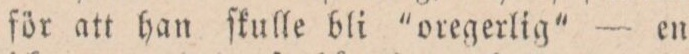
för att han ſkulle bli ”oregerlig” — en